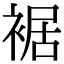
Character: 裾